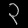
Digit: ၃